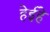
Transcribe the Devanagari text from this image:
हेईहे